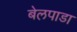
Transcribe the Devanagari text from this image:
बेलपाडा